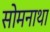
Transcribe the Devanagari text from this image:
सोमनाथा